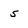
Character: 5